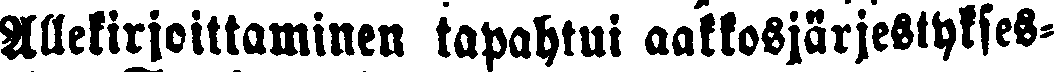
Allekirjoittaminen tapahtui aakkosjärjestykses-